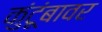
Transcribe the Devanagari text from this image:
कुंटूंबावर